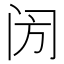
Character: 𨸂